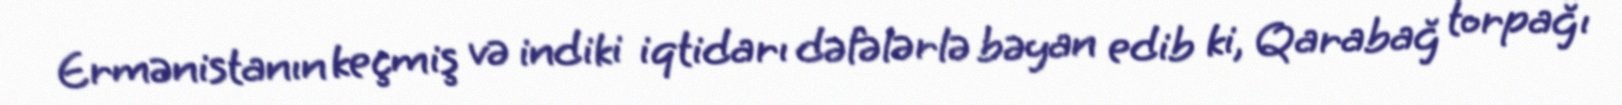
Ermənistanın keçmiş və indiki iqtidarı dəfələrlə bəyan edib ki, Qarabağ torpağı